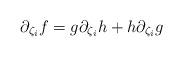
LaTeX: \begin{align*}\partial_{\zeta_i}f =g \partial_{\zeta_i}h +h \partial_{\zeta_i}g \end{align*}